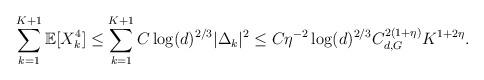
LaTeX: \begin{align*} \sum_{k=1}^{K+1}\mathbb{E}[X_k^4]\leq\sum_{k=1}^{K+1}C\log(d)^{2/3}|\Delta_k|^2\leq C\eta^{-2}\log(d)^{2/3}C_{d,G}^{2(1+\eta)}K^{1+2\eta}.\end{align*}